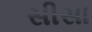
સીસા